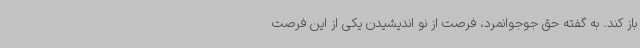
باز کند. به گفته حق جوجوانمرد، فرصت از نو اندیشیدن یکی از این فرصت